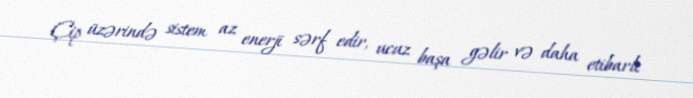
Çip üzərində sistem az enerji sərf edir, ucuz başa gəlir və daha etibarlı